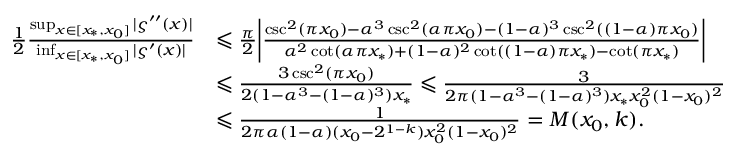
\begin{array} { r l } { \frac { 1 } { 2 } \frac { \operatorname* { s u p } _ { x \in [ x _ { * } , x _ { 0 } ] } | \varsigma ^ { \prime \prime } ( x ) | } { \operatorname* { i n f } _ { x \in [ x _ { * } , x _ { 0 } ] } | \varsigma ^ { \prime } ( x ) | } } & { \leqslant \frac { \pi } { 2 } \bigg | \frac { \csc ^ { 2 } ( \pi x _ { 0 } ) - \alpha ^ { 3 } \csc ^ { 2 } ( \alpha \pi x _ { 0 } ) - ( 1 - \alpha ) ^ { 3 } \csc ^ { 2 } ( ( 1 - \alpha ) \pi x _ { 0 } ) } { \alpha ^ { 2 } \cot ( \alpha \pi x _ { * } ) + ( 1 - \alpha ) ^ { 2 } \cot ( ( 1 - \alpha ) \pi x _ { * } ) - \cot ( \pi x _ { * } ) } \bigg | } \\ & { \leqslant \frac { 3 \csc ^ { 2 } ( \pi x _ { 0 } ) } { 2 ( 1 - \alpha ^ { 3 } - ( 1 - \alpha ) ^ { 3 } ) x _ { * } } \leqslant \frac { 3 } { 2 \pi ( 1 - \alpha ^ { 3 } - ( 1 - \alpha ) ^ { 3 } ) x _ { * } x _ { 0 } ^ { 2 } ( 1 - x _ { 0 } ) ^ { 2 } } } \\ & { \leqslant \frac { 1 } { 2 \pi \alpha ( 1 - \alpha ) ( x _ { 0 } - 2 ^ { 1 - k } ) x _ { 0 } ^ { 2 } ( 1 - x _ { 0 } ) ^ { 2 } } = M ( x _ { 0 } , k ) . } \end{array}